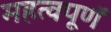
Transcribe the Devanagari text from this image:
महत्वपूणॅ